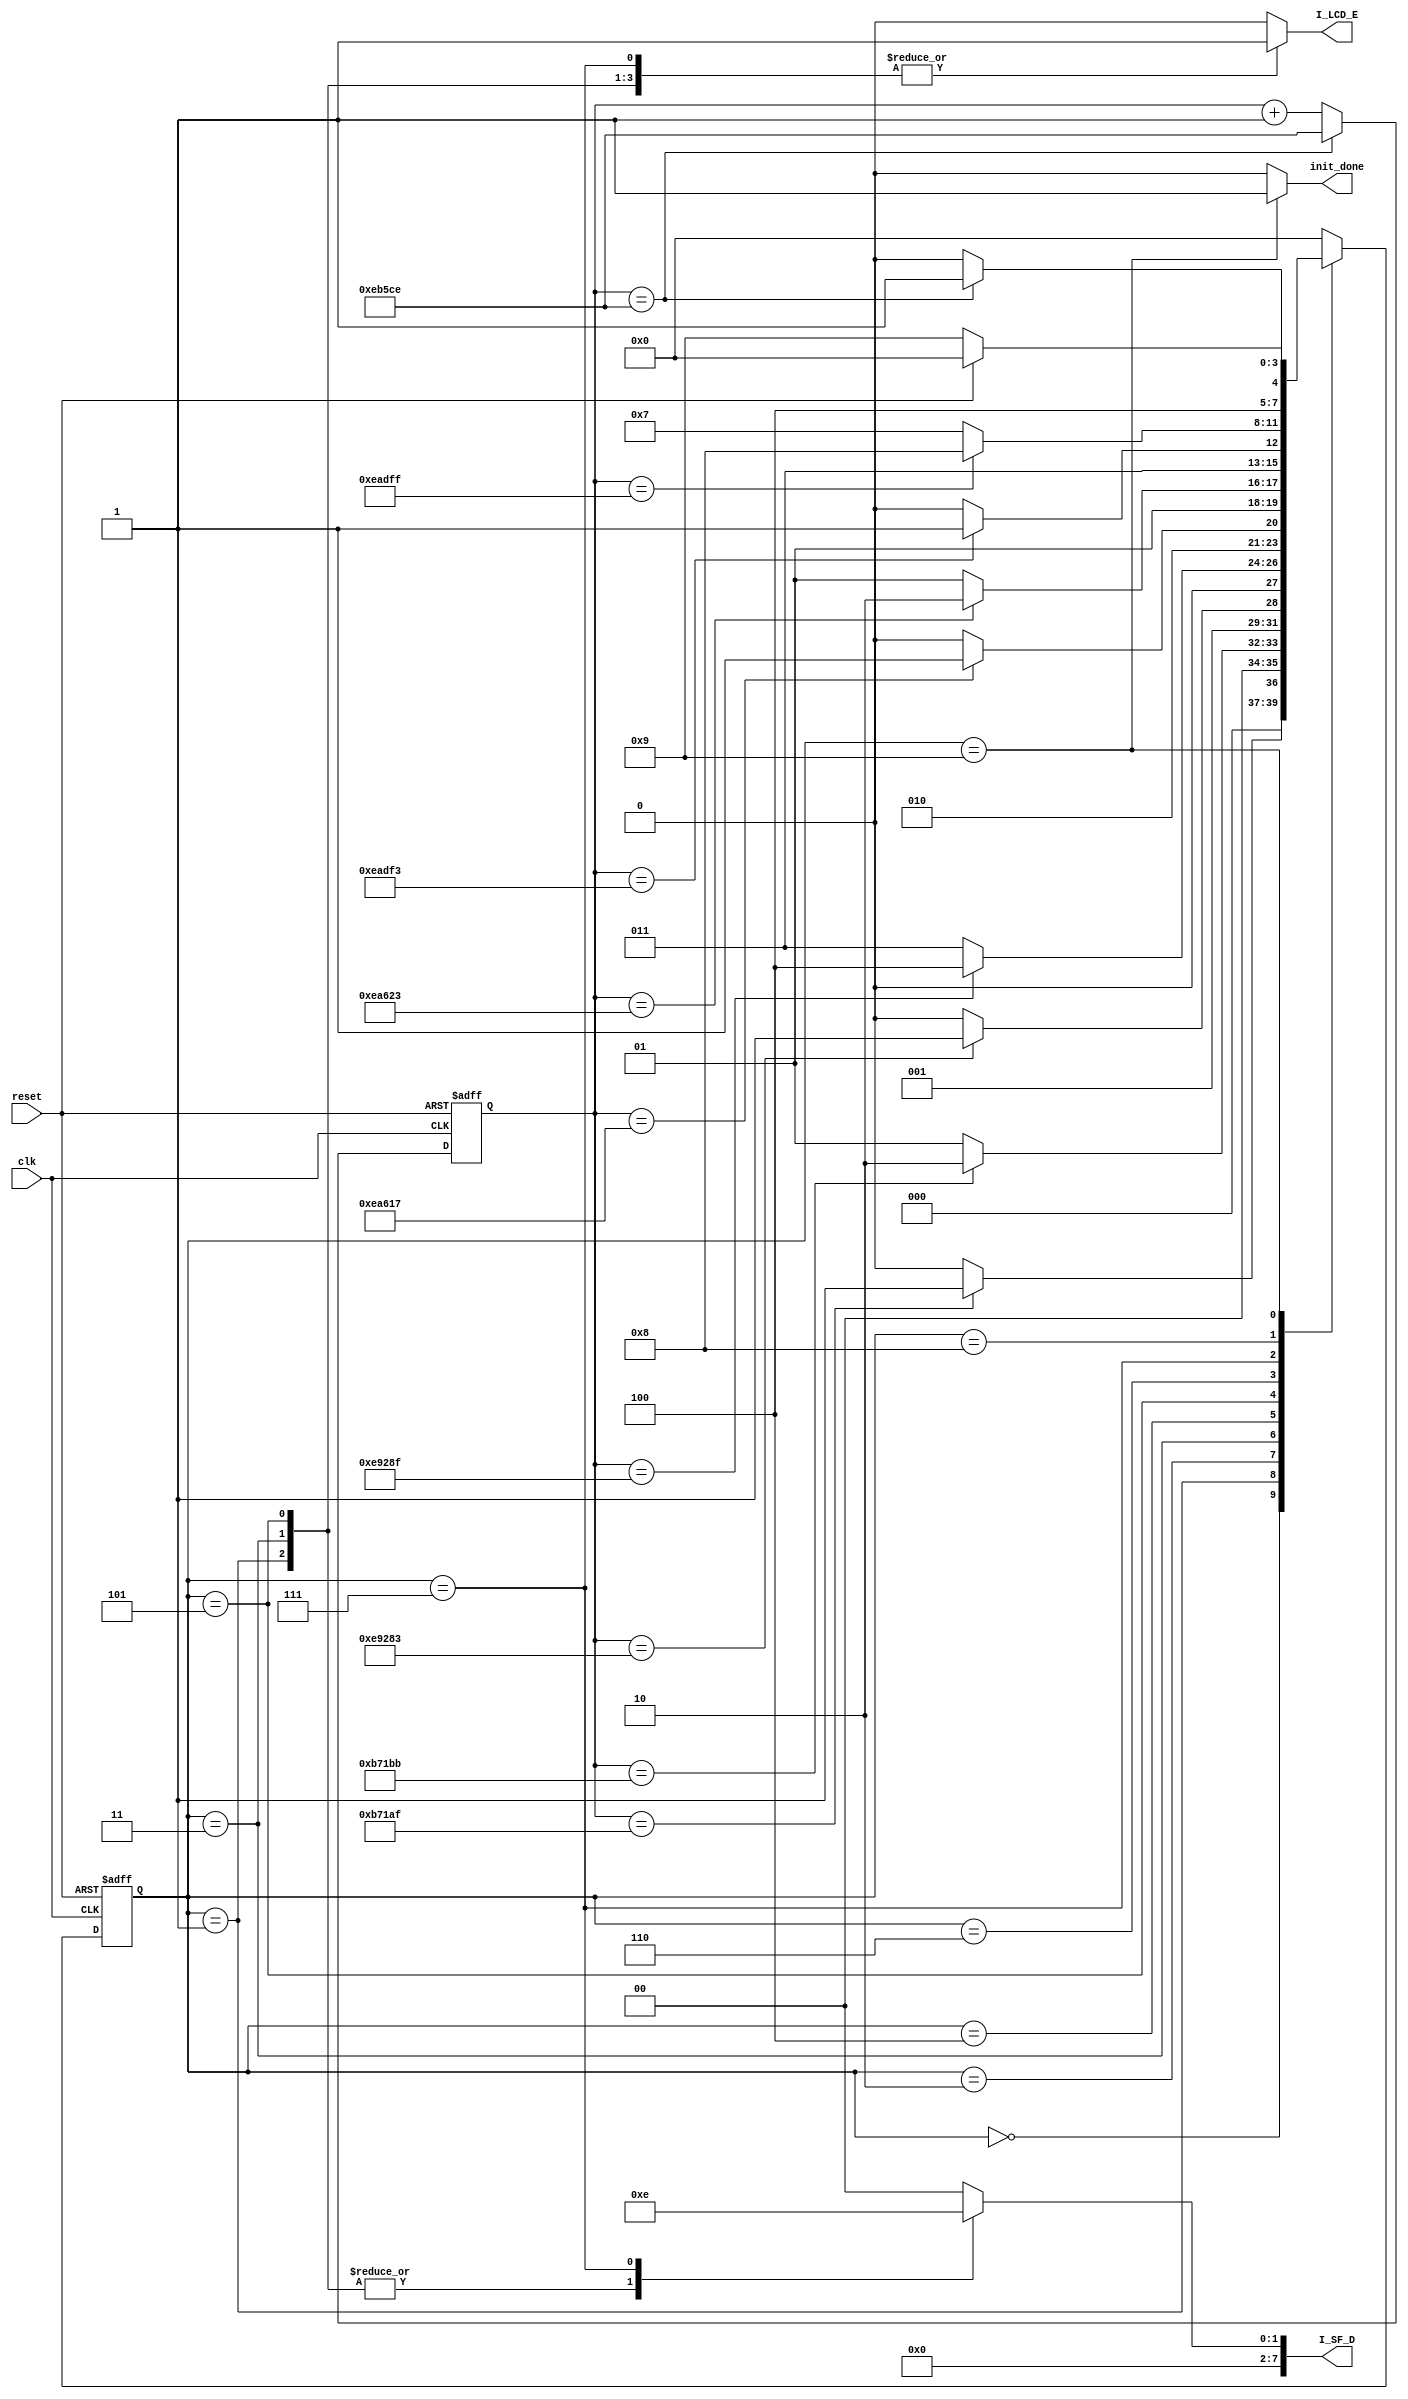
`timescale 1ns / 1ps
//////////////////////////////////////////////////////////////////////////////////
// Company: 
// Engineer: 
// 
// Design Name: 
// Module Name:    initialization_fsm 
// Project Name: 
// Target Devices: 
// Tool versions: 
// Description: 
//
// Dependencies: 
//
// Revision: 
// Revision 0.01 - File Created
// Additional Comments: 
//
//////////////////////////////////////////////////////////////////////////////////`timescale 1ns / 1ps
module initialization_fsm(clk,reset,init_done,I_LCD_E,I_SF_D);
input clk,reset;
output reg I_LCD_E;//initialized LCD_E
output reg [7:0] I_SF_D;// initialized SF_D
output reg init_done;//assuring the system that initialization has completed

reg [3:0] state,next_state;
reg [19:0] counter;

//states
parameter
	WAIT_15_MS = 'b000,
	WAIT_FIRST_12 = 'b0001,
	WAIT_4_1_MS = 'b010,
	WAIT_SECOND_12 = 'b011,
	WAIT_100_US = 'b0100,
	WAIT_THIRD_12 = 'b101,
	WAIT_40_US = 'b110,
	WAIT_FORTH_12 = 'b111,
	WAIT_SECOND_40_US = 'b1000,
	DONE = 'b1001;


//delays
parameter 
	DELAY_15_MS = 'd749999,					//COUNTERS TO ACHIEVE TIMING IN INITIALIZATION
	DELAY_FIRST_12 = 'd750011,
	DELAY_4_1_MS = 'd955011,
	DELAY_SECOND_12 = 'd955023,
	DELAY_100_US = 'd960023,
	DELAY_THIRD_12 = 'd960035,
	DELAY_40_US = 'd962035,
	DELAY_FORTH_12 = 'd962047,
	DELAY_SECOND_40_US = 'd964046;

//counter manipulation
always@(posedge clk or posedge reset)
begin
	if(reset)
		counter = 12'b0;
	else if(counter == DELAY_SECOND_40_US)
		counter = DELAY_SECOND_40_US;
	else
		counter = counter + 1'b1;
end 

//next_state => state assignment		
always@(posedge clk or posedge reset)
begin
	if(reset)
		state = WAIT_15_MS;
	else
		state = next_state;
end 

//initialization sequence
always@(state or counter)
begin
	case(state)

		WAIT_15_MS:
		begin
			init_done = 1'b0;
			I_SF_D = 8'b0000_0000;
			I_LCD_E = 1'b0;
			next_state = (counter == DELAY_15_MS) ? WAIT_FIRST_12 : WAIT_15_MS;
		end
		
		WAIT_FIRST_12:
		begin
			init_done = 1'b0;
			I_SF_D = 8'b0000_0011;
			I_LCD_E = 1'b1;
			next_state = (counter == DELAY_FIRST_12) ? WAIT_4_1_MS : WAIT_FIRST_12;
		end
		
		WAIT_4_1_MS:
		begin
			init_done = 1'b0;
			I_SF_D = 8'b0000_0000;
			I_LCD_E = 1'b0;
			next_state = (counter == DELAY_4_1_MS) ? WAIT_SECOND_12 : WAIT_4_1_MS;
		end
		
		
		WAIT_SECOND_12:
		begin
			init_done = 1'b0;
			I_SF_D = 8'b0000_0011;
			I_LCD_E = 1'b1;
			next_state = (counter == DELAY_SECOND_12) ? WAIT_100_US : WAIT_SECOND_12;
		end
		
		WAIT_100_US:
		begin
			init_done = 1'b0;
			I_SF_D = 8'b0000_0000;
			I_LCD_E = 1'b0;
			next_state = (counter == DELAY_100_US) ? WAIT_THIRD_12 : WAIT_100_US;
		end
		
		WAIT_THIRD_12:
		begin
			init_done = 1'b0;
			I_SF_D =8'b0000_0011;
			I_LCD_E = 1'b1;
			next_state = (counter == DELAY_THIRD_12) ? WAIT_40_US : WAIT_THIRD_12;
		end
		
		
		WAIT_40_US:
		begin
			init_done = 1'b0;
			I_SF_D = 8'b0000_0000;
			I_LCD_E = 1'b0;
			next_state = (counter == DELAY_40_US) ? WAIT_FORTH_12 : WAIT_40_US;
		end
		
		WAIT_FORTH_12:
		begin
			init_done = 1'b0;
			I_SF_D = 8'b0000_0010;
			I_LCD_E = 1'b1;
			next_state = (counter == DELAY_FORTH_12) ? WAIT_SECOND_40_US : WAIT_FORTH_12;
		end
		
		
		WAIT_SECOND_40_US:
		begin
			init_done = 1'b0;
			I_SF_D = 8'b0000_0000;
			I_LCD_E = 1'b0;
			next_state = (counter == DELAY_SECOND_40_US) ? DONE: WAIT_SECOND_40_US;
		end
	
		DONE:
		begin
			init_done = 1'b1;
			I_SF_D = 8'b0000_0000;
			I_LCD_E = 1'b0;
			next_state = (reset) ? WAIT_15_MS : DONE;
		end
		
		default:
		begin
			init_done = 1'b0;
			I_SF_D = 8'b00;
			I_LCD_E = 1'b0;
			next_state = 3'b000;
		end
	endcase	
end


endmodule